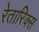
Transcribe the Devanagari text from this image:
रेतारिक्स